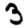
Digit: 3